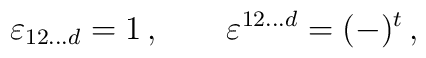
\varepsilon_{12\ldots d}=1\,,\qquad \varepsilon^{12\ldots d}=(-)^t\,,